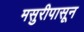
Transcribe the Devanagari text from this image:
मसुरीपासून